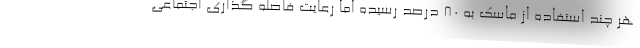
هر چند استفاده از ماسک به ۸۰ درصد رسیده اما رعایت فاصله گذاری اجتماعی